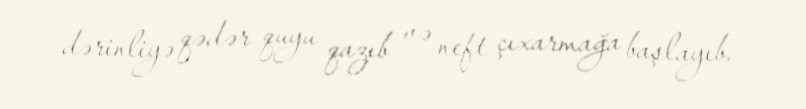
dərinliyə qədər quyu qazıb və neft çıxarmağa başlayıb.